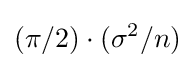
({\pi }/{2})\cdot (\sigma ^{2}/n)